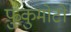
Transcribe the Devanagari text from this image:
फुकुमोटो